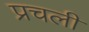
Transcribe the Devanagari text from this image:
प्रचली